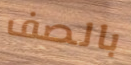
بالصف